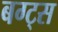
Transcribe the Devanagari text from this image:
बग्ट्स